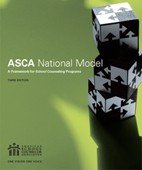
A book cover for The ASCA National Model: A Framework for School Counseling Programs, 3rd Edition; Education & Teaching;